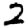
Digit: 2